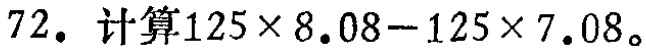
72. 计算$125\times 8.08 - 125\times 7.08$。